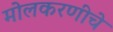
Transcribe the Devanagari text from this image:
मोलकरणीचे